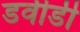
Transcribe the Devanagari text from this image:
डवीडी